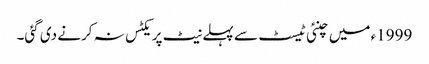
1999ء میں چنئی ٹیسٹ سے پہلے نیٹ پریکٹس نہ کرنے دی گئی۔